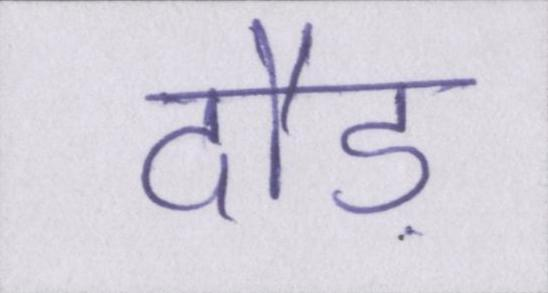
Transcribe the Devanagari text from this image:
दौड़